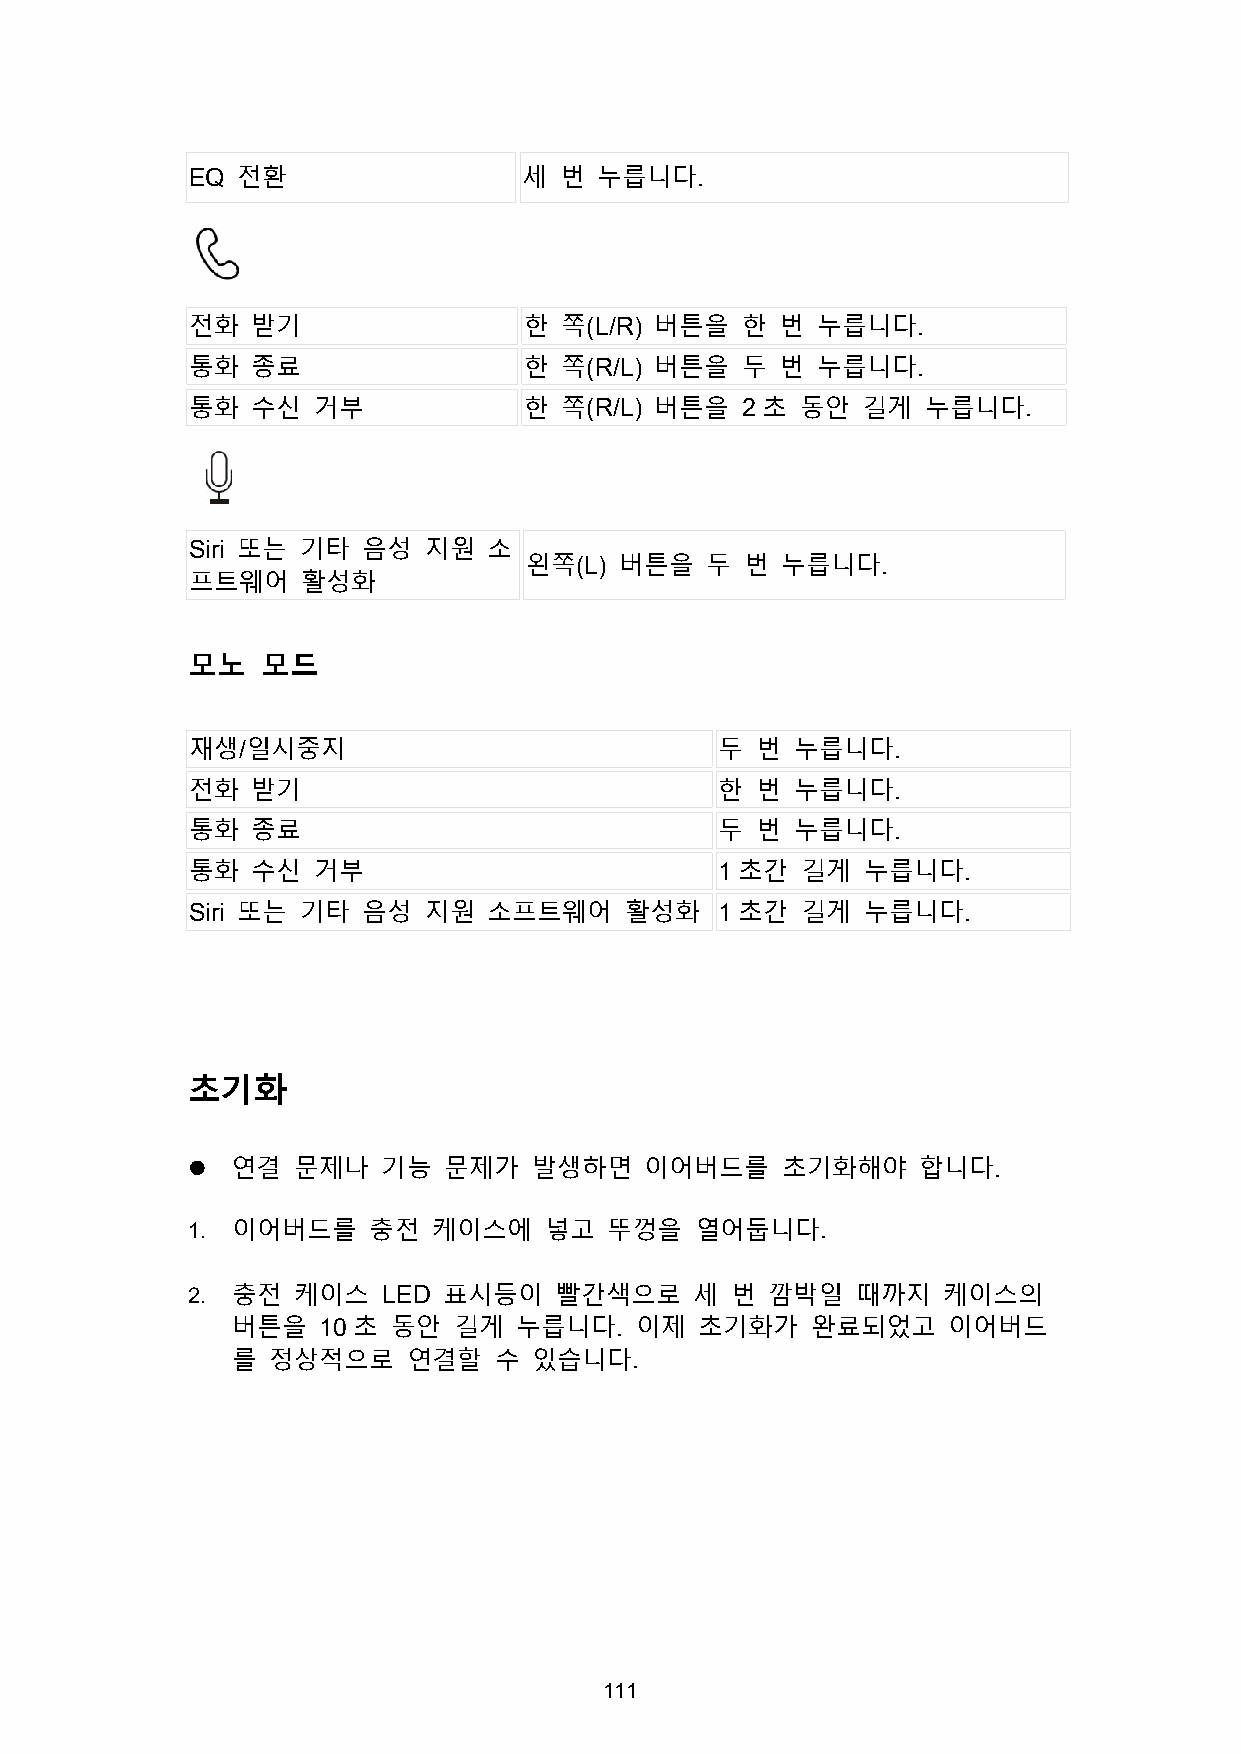
EQ  전환                 세 번  누릅니다.
 전화   받기                한 쪽(L/R) 버튼을  한  번 누릅니다.
 통화   종료                한 쪽(R/L) 버튼을  두  번 누릅니다.
 통화   수신  거부            한 쪽(R/L) 버튼을  2 초 동안  길게  누릅니다.
 Siri 또는 기타  음성  지원  소
 왼쪽(L) 버튼을   두 번  누릅니다.
 프트웨어    활성화
 모노   모드
 재생/일시중지                             두 번  누릅니다.
 전화   받기                             한 번  누릅니다.
 통화   종료                             두 번  누릅니다.
 통화   수신  거부                         1초간  길게  누릅니다.
 Siri 또는 기타  음성  지원  소프트웨어    활성화    1초간  길게  누릅니다.
 초기화
   연결  문제나   기능  문제가   발생하면    이어버드를    초기화해야    합니다.
 1. 이어버드를    충전   케이스에   넣고  뚜껑을   열어둡니다.
 2. 충전  케이스   LED 표시등이    빨간색으로    세 번  깜박일   때까지  케이스의
 버튼을   10초  동안  길게  누릅니다.   이제  초기화가    완료되었고    이어버드
 를  정상적으로    연결할   수 있습니다.
 111